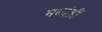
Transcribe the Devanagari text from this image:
मध्यंतरीं